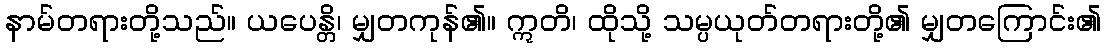
နာမ်တရားတို့သည်။ ယပေန္တိ၊ မျှတကုန်၏။ ဣတိ၊ ထိုသို့ သမ္ပယုတ်တရားတို့၏ မျှတကြောင်း၏